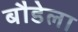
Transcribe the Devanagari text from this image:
बौडेला